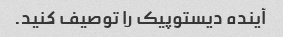
آینده دیستوپیک را توصیف کنید.